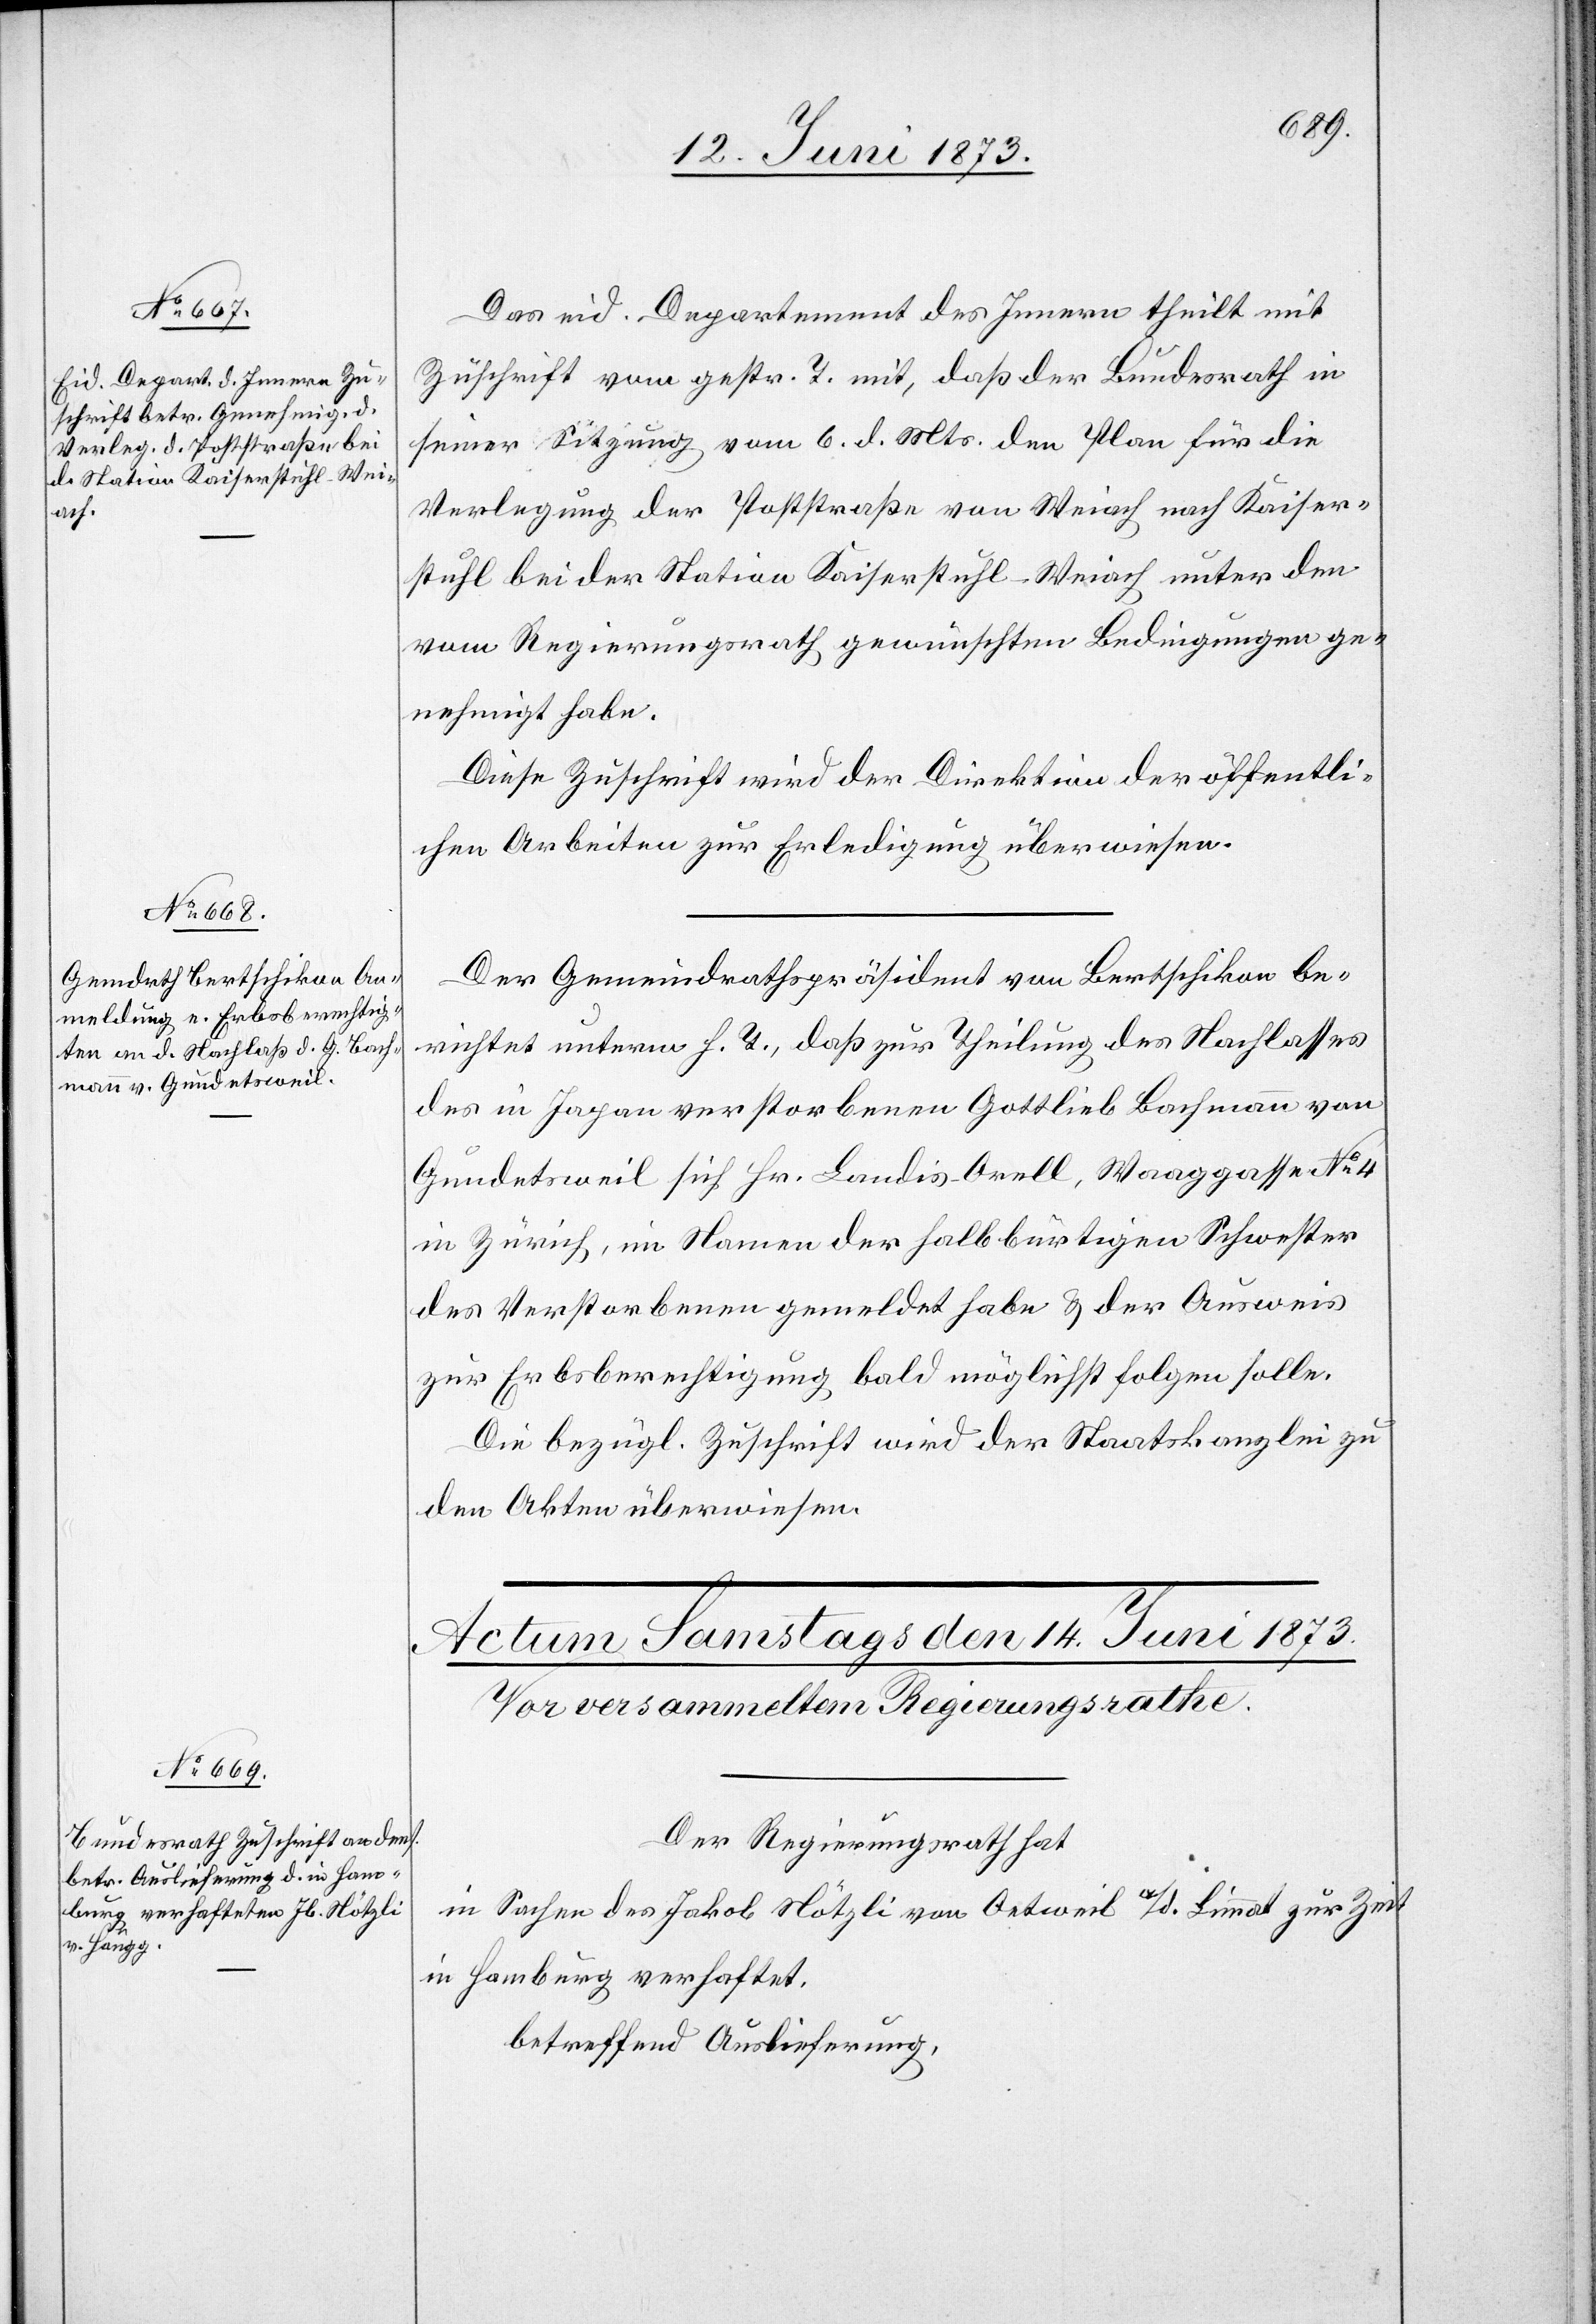
13. Juni 1873.]
Das eid. Departement des Innern theilt mit
Zuschrift vom gestr. T. mit, daß der Bundesrath in
seiner Sitzung vom 6. d. Mts. den Plan für die
Verlegung der Poststraße von Weiach nach Kaiser¬
stuhl bei der Station Kaiserstuhl-Weiach unter den
vom Regierungsrath gewünschten Bedingungen ge¬
nehmigt habe.
Diese Zuschrift wird der Direktion der öffentli¬
chen Arbeiten zur Erledigung überwiesen.
Der Gemeindrathspräsident von Bertschikon be¬
richtete unterm h. T., daß zur Theilung des Nachlasses
des in Japan verstorbenen Gottlieb Bachmann von
Gundetsweil sich Hr. Landis-Orell, Waaggasse No 4
in Zürich, im Namen der halbbürtigen Schwester
des Verstorbenen gemeldet habe & der Ausweis
zur Erbsberechtigung bald möglichst folgen solle.
Die bezügl. Zuschrift wird der Staatskanzlei zu
den Akten überwiesen.
Der Regierungsrath hat
in Sachen des Jakob Nötzli von Oetweil a/d. Limmat zur Zeit
in Hamburg verhaftet,
betreffend Auslieferung,